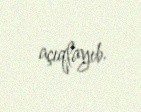
açıqlayıb.